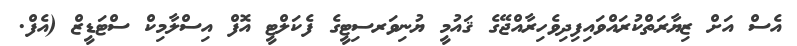
އެސް އަށް ޒިޔާރަތްކުރައްވައިފިދިވެހިރާއްޖޭގެ ޤައުމީ ޔުނިވަރސިޓީގެ ފެކަލްޓީ އޮފް އިސްލާމިކް ސްޓަޑީޒް (އެފް.